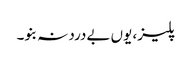
پلیز، یوں بےدرد نہ بنو۔